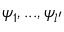
\psi _ { 1 } , . . . , \psi _ { l ^ { \prime } }